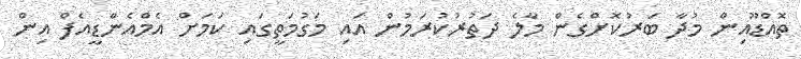
ތޮއްޑޫއިން މުދާ ބަރުކޮށްގެން މާލެ ދަތުރުކުރަމުން އައި މަގުމަތީގައި ކަމަށް އެމްއެންޑީއެފް އިން